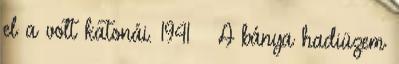
el a volt katonái. 1941 – A bánya hadiüzem